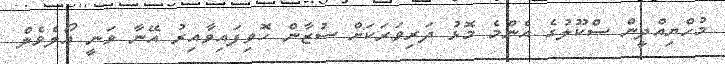
މުހްޔިއްދީން ސްކޫލުގެ އެންމެ މޮޅު ދަރިވަރަކަށް ސުޒާން ހޮވިފައިވާއިރު އޭނާ ވަނީ އޯލެވެލް